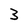
Character: 3